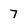
Character: 7